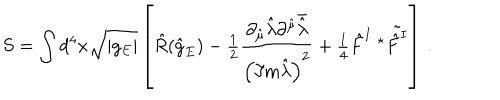
LaTeX: S = \int d ^ { 4 } x \sqrt { | g _ { E } | } \left[ \hat { R } ( \hat { g } _ { E } ) - { \textstyle \frac { 1 } { 2 } } \frac { \partial _ { \hat { \mu } } \hat { \lambda } \partial ^ { \hat { \mu } } \bar { \hat { \lambda } } } { \left( \Im \mathrm { m } \hat { \lambda } \right) ^ { 2 } } + { \textstyle \frac { 1 } { 4 } } \hat { F } ^ { I } \ { } ^ { \star } \tilde { \hat { F } ^ { I } } \right] \, .